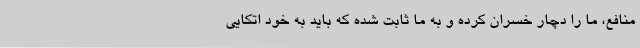
منافع، ما را دچار خسران کرده و به ما ثابت شده که باید به خود اتکایی